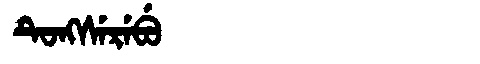
Manchu: ᡨᡠᠩᠰᡝᡵᡝᠪᡠ
Romanization: TUNGSEREBU